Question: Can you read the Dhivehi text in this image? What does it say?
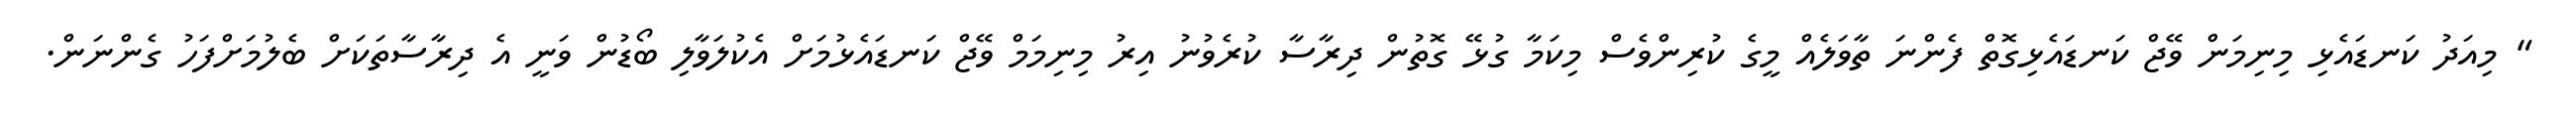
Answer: " މިއަދު ކަނޑައެޅި މިނިމަން ވޭޖް ކަނޑައެޅިގޮތް ފެންނަ ތާވަލެއް މީގެ ކުރިންވެސް މިކަމާ ގުޅޭ ގޮތުން ދިރާސާ ކުރެވުނު އިރު މިނިމަމް ވޭޖް ކަނޑައެޅުމަށް އެކުލަވާލި ބޯޑުން ވަނީ އެ ދިރާސާތަކަށް ބެލުމަށްފަހު ގެންނަން.